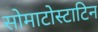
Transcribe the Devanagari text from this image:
सोमाटोस्टाटिन